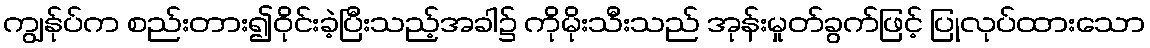
ကျွန်ုပ်က စည်းတား၍ဝိုင်းခဲ့ပြီးသည့်အခါ၌ ကိုမိုးသီးသည် အုန်းမှုတ်ခွက်ဖြင့် ပြုလုပ်ထားသော